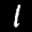
Label: 1